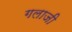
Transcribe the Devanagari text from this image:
गलाजी